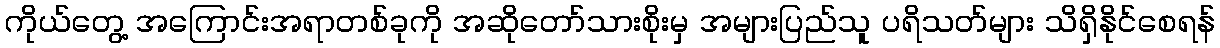
ကိုယ်တွေ့ အကြောင်းအရာတစ်ခုကို အဆိုတော်သားစိုးမှ အများပြည်သူ ပရိသတ်များ သိရှိနိုင်စေရန်